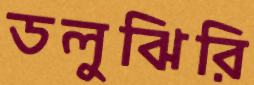
ডলুঝিরি